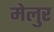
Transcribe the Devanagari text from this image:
मेलुर